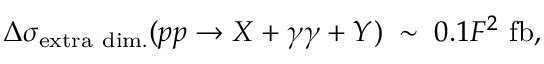
\Delta \sigma _ { \mathrm { e x t r a ~ d i m . } } ( p p \rightarrow X + \gamma \gamma + Y ) \; \sim \; 0 . 1 F ^ { 2 } ~ \mathrm { f b } ,